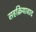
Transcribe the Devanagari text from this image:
सहक्रियावाद